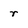
Character: r